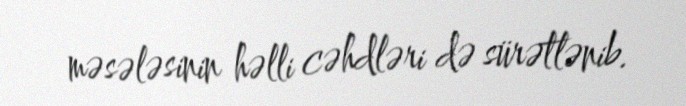
məsələsinin həlli cəhdləri də sürətlənib.